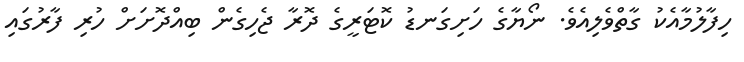
ހިފާލުމާއެކު ގާތްވެލިއެވެ. ނޯޔާގެ ހަށިގަނޑު ކޮޓަރީގެ ދޮރާ ޖެހިގެން ބިއްދޮށަށް ހުރި ފާރުގައި